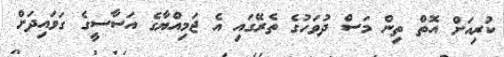
ކުރިއަށް އޮތް ތިން މަސް ދުވަހުގެ ތެރޭގައި އެ ޖަމިއްޔާގެ އަސާސީގެ ގަވައިދަށް